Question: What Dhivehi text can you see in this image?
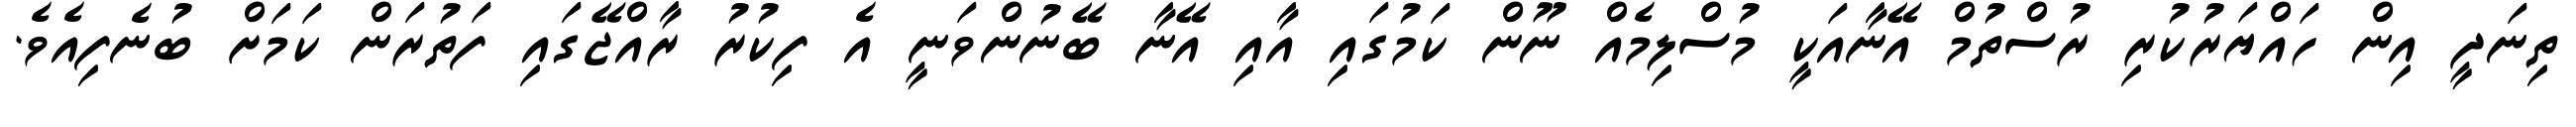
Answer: ތިނަދީ އިން ހައްޔަރުކުރި ރުސްތުމް އޭނާއަކީ މުސްލިމެއް ނޫން ކަމުގައި އާއި އޭނާ ބޭނުންވަނީ އެ ފިކުރު ރާއްޖޭގައި ފަތުރަން ކަމަށް ބުނެފިއެވެ.